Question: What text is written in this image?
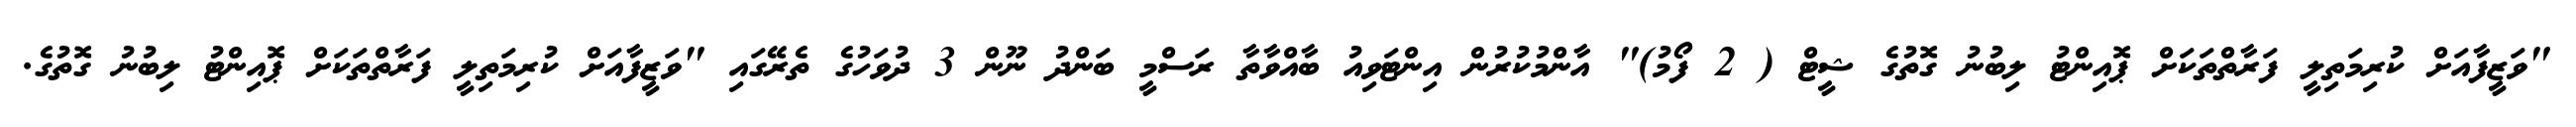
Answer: "ވަޒީފާއަށް ކުރިމަތިލީ ފަރާތްތަކަށް ޕޮއިންޓު ލިބުނު ގޮތުގެ ޝީޓް ( 2 ފޯމު)" އާންމުކުރުން އިންޓަވިއު ބާއްވާތާ ރަސްމީ ބަންދު ނޫން 3 ދުވަހުގެ ތެރޭގައި "ވަޒީފާއަށް ކުރިމަތިލީ ފަރާތްތަކަށް ޕޮއިންޓު ލިބުނު ގޮތުގެ.